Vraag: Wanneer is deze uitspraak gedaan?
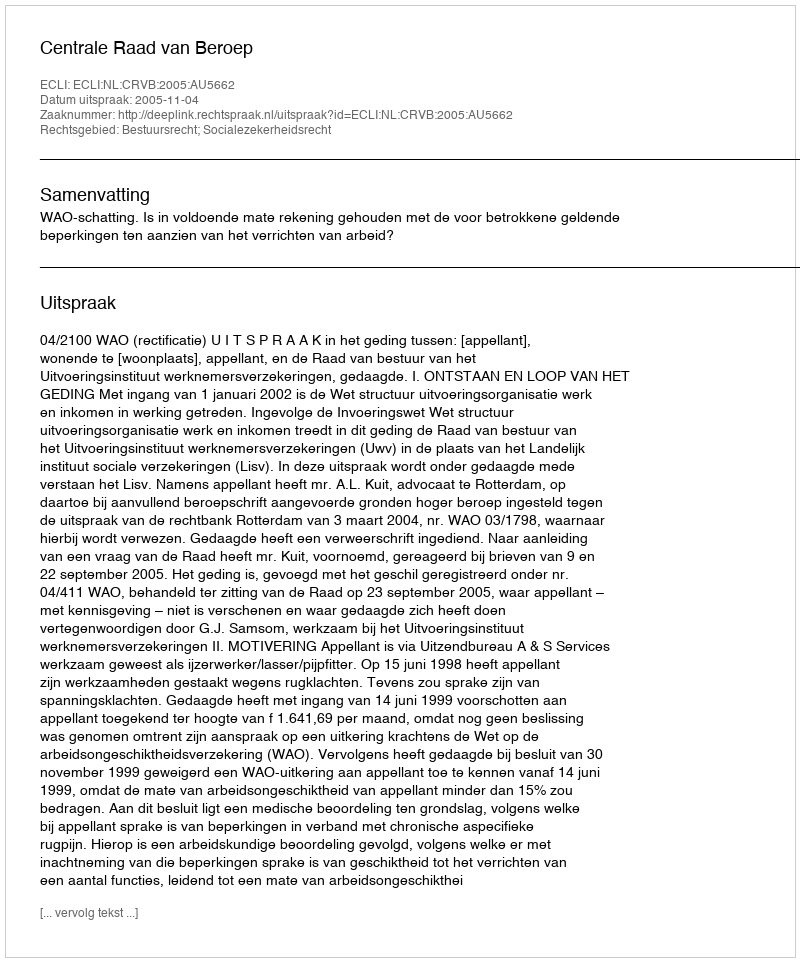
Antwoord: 2005-11-04